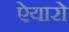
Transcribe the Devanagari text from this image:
ऐयारो